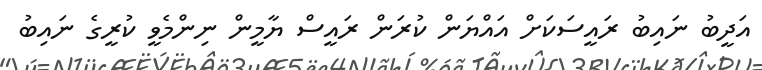
އަދީބު ނައިބު ރައީސަކަށް އައްޔަން ކުރަން ރައީސް ޔާމީން ނިންމެވީ ކުރީގެ ނައިބު